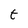
Character: t